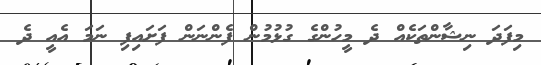
މިފަދަ ނިޝާންތަކެއް ދެ މީހުންގެ ގުޅުމުން ފެންނަން ފަށައިފި ނަމަ އެއީ ދެ